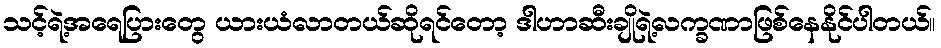
သင့်ရဲ့အရေပြားတွေ ယားယံလာတယ်ဆိုရင်တော့ ဒါဟာဆီးချိုရဲ့လက္ခဏာဖြစ်နေနိုင်ပါတယ်။